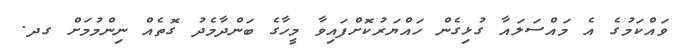
ވައްކަމުގެ އެ މައްސަލައާ ގުޅިގެން ހައްޔަރުކޮށްފައިވާ މީހާގެ ބަންދާމެދު ގޮތެއް ނިންމުމަށް ގދ.